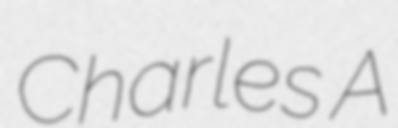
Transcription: Charles A